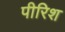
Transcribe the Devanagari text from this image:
पीरिश